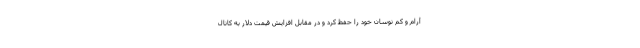
آرام و کم نوسان خود را حفظ کرد و در مقابل افزایش قیمت دلار به کانال